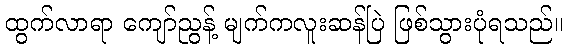
ထွက်လာရာ ကျော်ညွန့် မျက်ကလူးဆန်ပြဲ ဖြစ်သွားပုံရသည်။